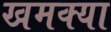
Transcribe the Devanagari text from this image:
खमक्या